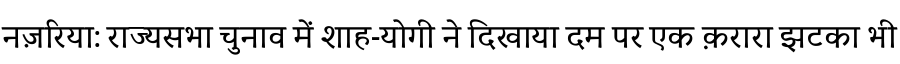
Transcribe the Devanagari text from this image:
नज़रिया: राज्यसभा चुनाव में शाह-योगी ने दिखाया दम पर एक क़रारा झटका भी